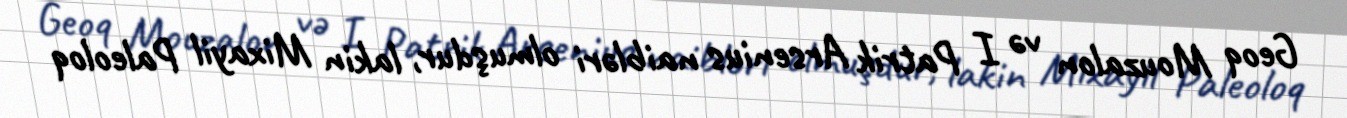
Geoq Mouzalon və I Patrik Arsenius naibləri olmuşdur, lakin Mixayil Paleoloq